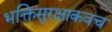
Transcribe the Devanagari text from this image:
भक्तिसुरक्षाकवच